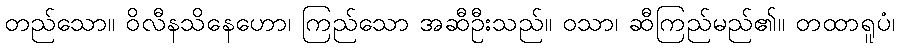
တည်သော။ ဝိလီနသိနေဟော၊ ကြည်သော အဆီဦးသည်။ ဝသာ၊ ဆီကြည်မည်၏။ တထာရူပံ၊